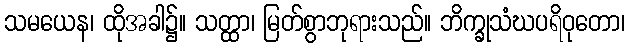
သမယေန၊ ထိုအခါ၌။ သတ္ထာ၊ မြတ်စွာဘုရားသည်။ ဘိက္ခုသံဃပရိဝုတော၊